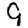
Digit: 9